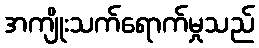
အကျိုးသက်ရောက်မှုသည်